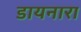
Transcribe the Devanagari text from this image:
डायनारा